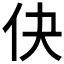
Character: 𬽭